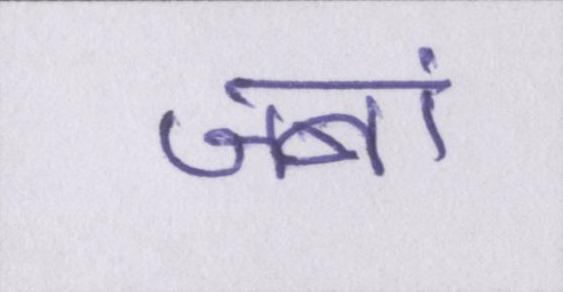
जबां